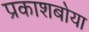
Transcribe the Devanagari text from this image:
प्रकाशबोया